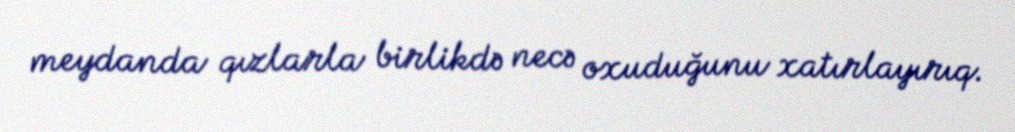
meydanda qızlarla birlikdə necə oxuduğunu xatırlayırıq.